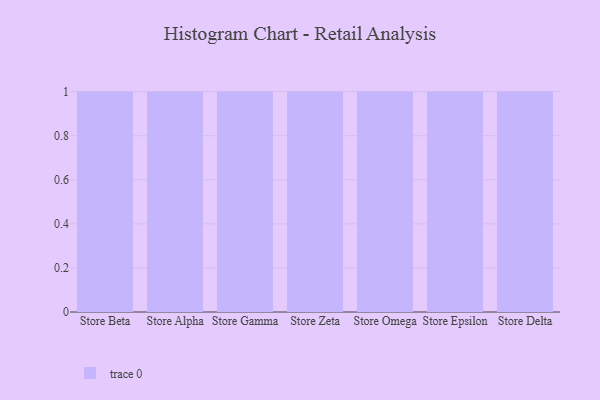
{"axis": {"x": "Store", "y": "Budget (USD K)"}, "legend": [""], "data": [{"x": "Store Beta", "y": 19, "type": ""}, {"x": "Store Alpha", "y": 30, "type": ""}, {"x": "Store Gamma", "y": 72, "type": ""}, {"x": "Store Zeta", "y": 64, "type": ""}, {"x": "Store Omega", "y": 72, "type": ""}, {"x": "Store Epsilon", "y": 85, "type": ""}, {"x": "Store Delta", "y": 21, "type": ""}]}